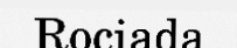
Rociada